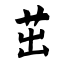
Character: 茁